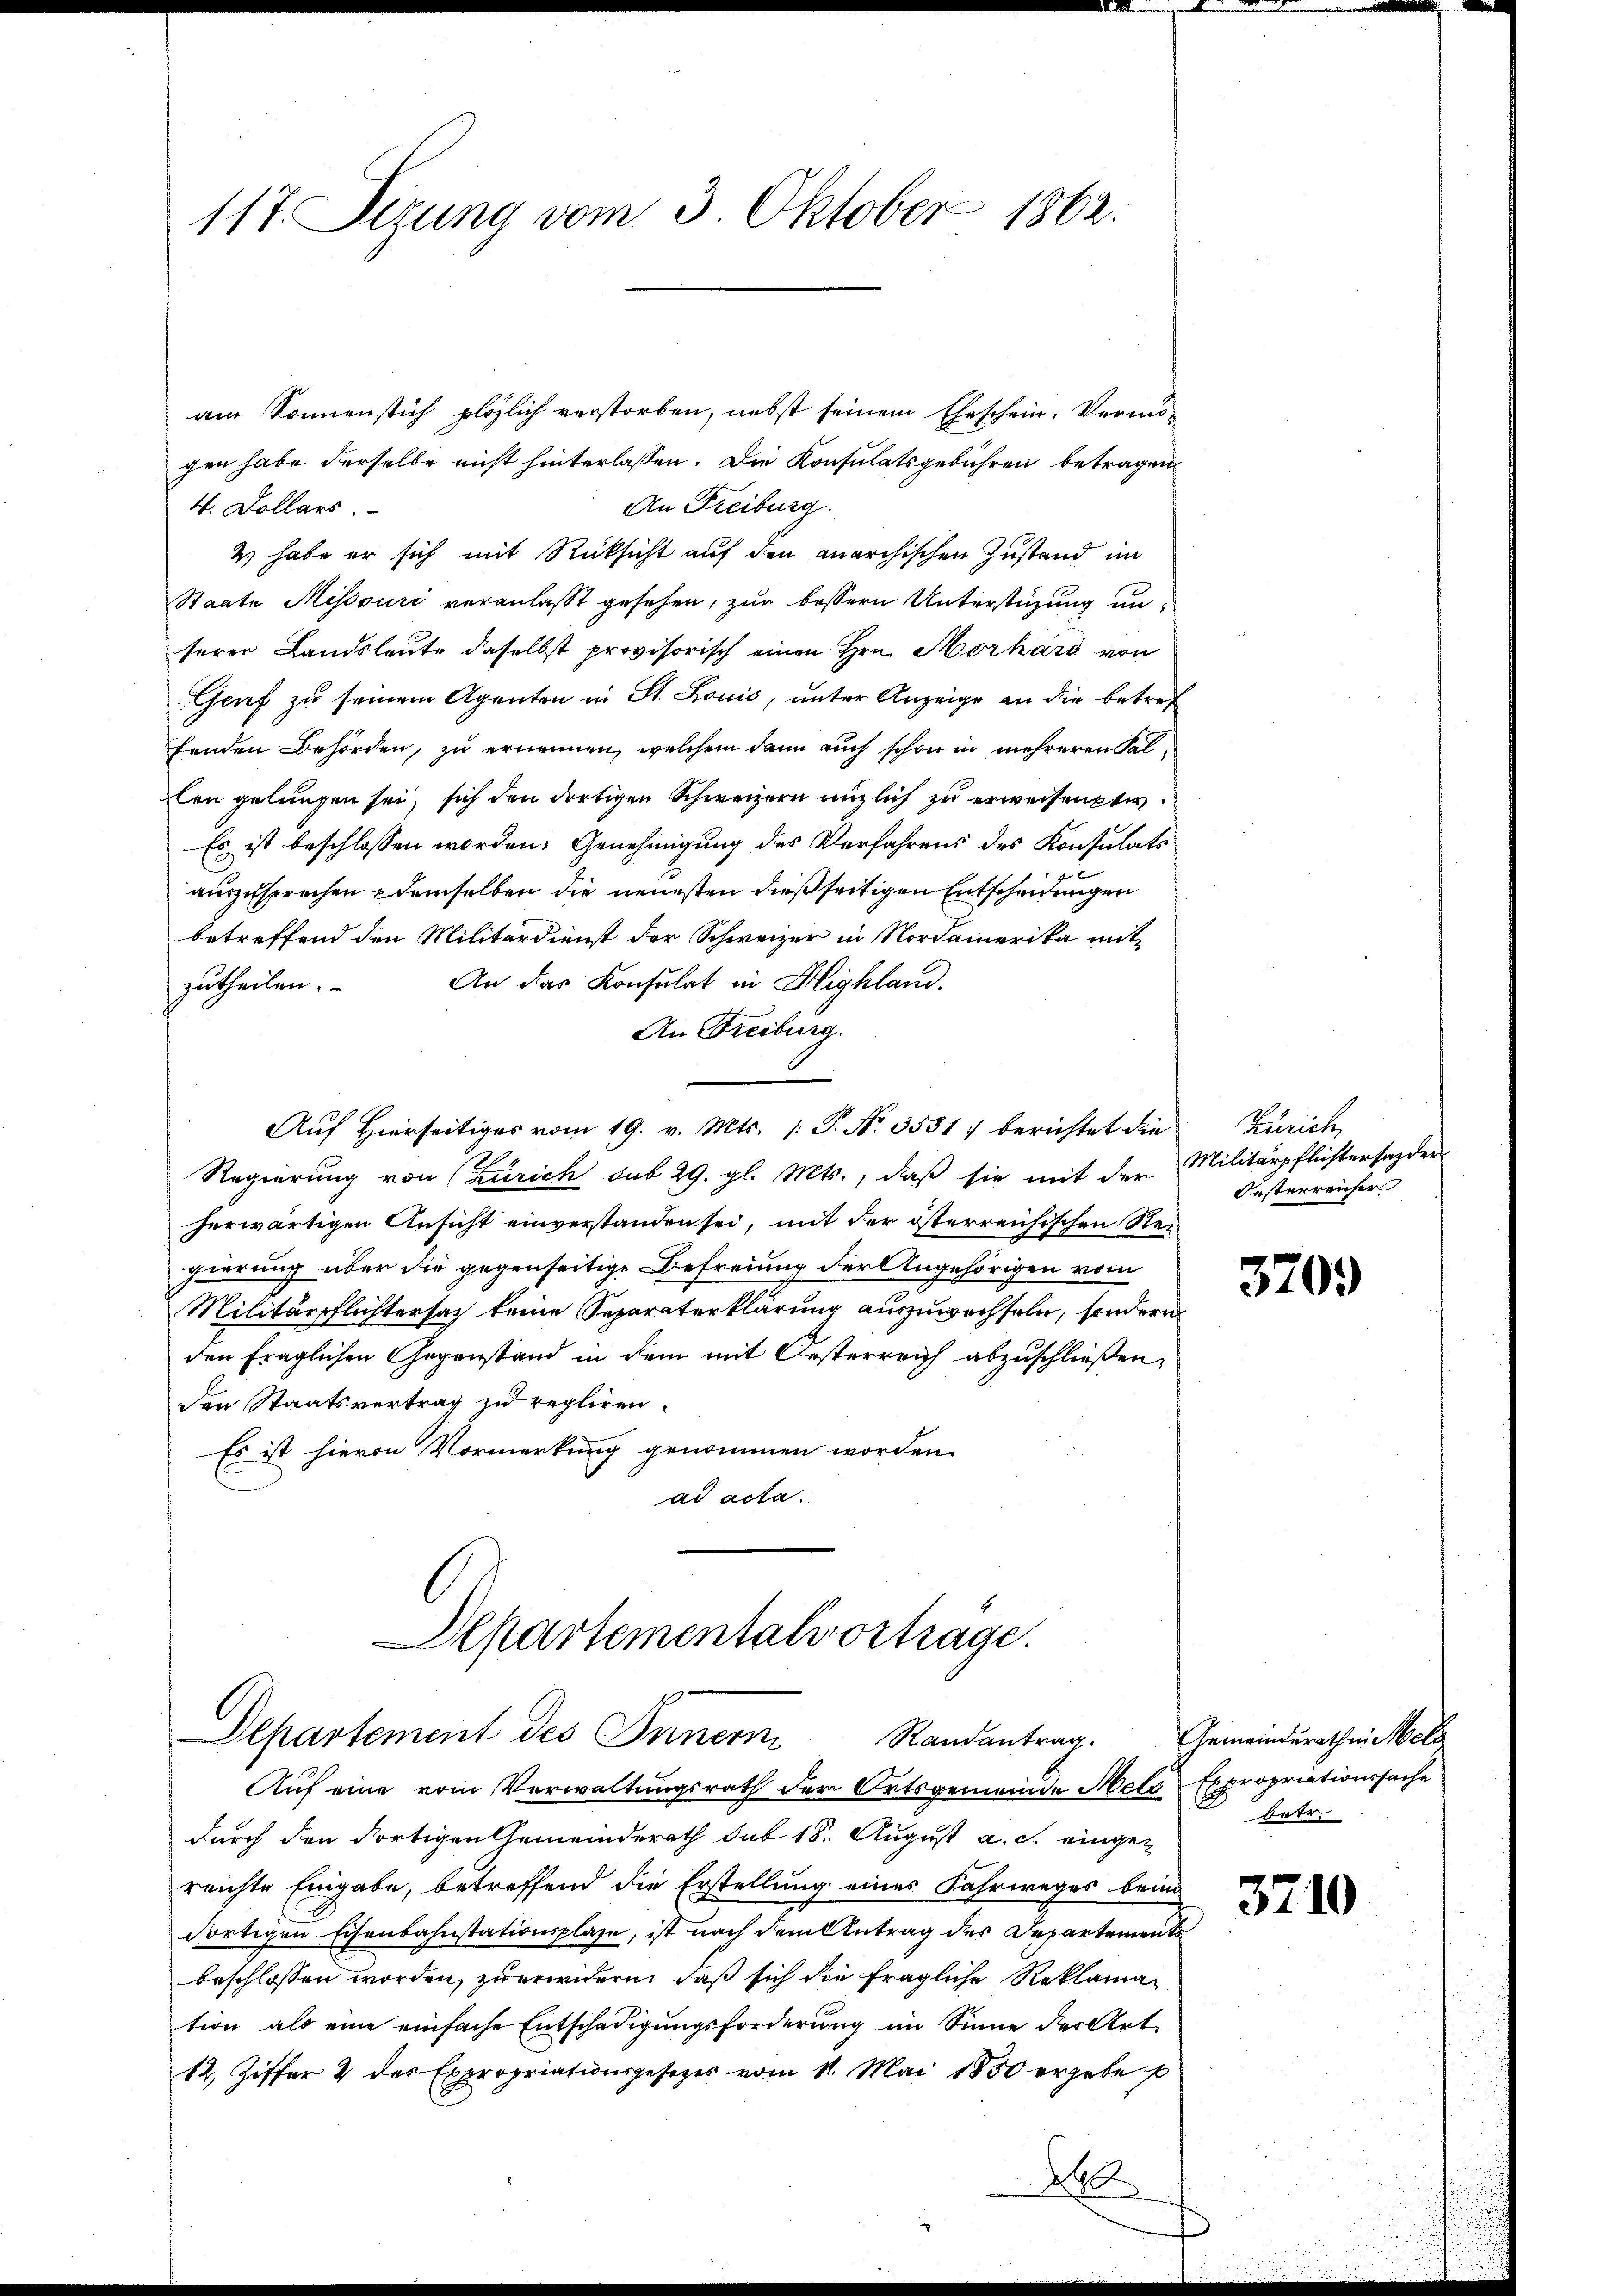
117. Sizung vom 3. Oktober 1862.

am Sonnenstich plötzlich verstorben, nebst seinem Eheschein. Vermögen habe derselbe nicht hinterlassen. Die Konsulatsgebühren betragen
An Freiburg.
4. Dollars.
4 habe er sich mit Rücksicht auf den anarchischen Zustand im
Staate Misssuri veranlaßt gesehen, zur bessern Unterstüzung unserer Landsleute daselbst provisorisch einen Hrn. Morhard von
Genf zu seinem Agenten in St. Louis, unter Anzeige an die betref
fenden Behörden, zu ernennen, welchem dann auch schon in mehreren Fallen gelungen sei, sich den dortigen Schweizern nützlich zu erweisenti
Es ist beschlossen worden. Genehmigung des Verfahrens des Konsulats
auszusprechen & demselben die neuesten dießseitigen Entscheidungen
betreffend den Militärdienst der Schweizer in Nordamerika mit
An das Konsulat in Highland.
zutheilen.
An Freiburg.
Auf hierseitiges vom 19. v. Mts. /: P. Nr. 3531. berichtet die
Regierung von (Zürich sub 29. gl. Mts., daß sie mit der Militärpflichtersazder
herwärtigen Ansicht einverstanden sei, mit der österreichischen Regierung über die gegenseitige Befreiung der Angehörigen vom
Militärpflichtersat keine Separaterklärung auszuwechseln, sondern
den fraglichen Gegenstand in dem mit Oesterreich abzuschließen,
den Staatsvertrag zu regliren.
Es ist hievon Vormerkung genommen worden.
ad acta.

Departementalvortrage.
p
Departement des Innern

Auf eine vom Verwaltungsrath der Ortsgemeinde Melo Expropriationssache
durch den dortigen Gemeinderath sub 18. August a. c. eingereichte Eingabe, betreffend die Erstellung eines Fahrweges beim
dortigen Eisenbahnstationsplaze, ist nach dem Antrag des Departement
beschlossen worden, zuerwidern, daß sich die fragliche Reklamation als eine einfache Entschädigungsforderung im Sinne der Art.
12, Ziffer 4 des Expropriationsgesetzes vom 11. Mai 1850 ergebe p
260

Zürich,
Oesterreicher

3709

Randantrag. Gemeinderathen betr
betr.

3710